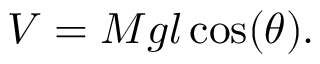
V = M g l \cos ( \theta ) .